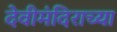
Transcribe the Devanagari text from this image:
देवीमंदिराच्या